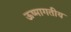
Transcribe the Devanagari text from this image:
ऊष्मागतीय